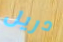
دريل